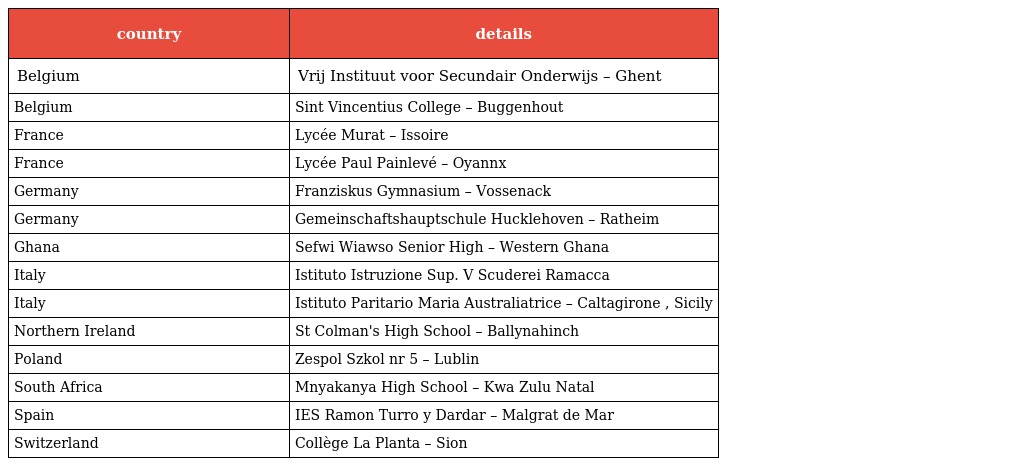
| country | details |
 | --- | --- |
 | Belgium | Vrij Instituut voor Secundair Onderwijs – Ghent |
 | Belgium | Sint Vincentius College – Buggenhout |
 | France | Lycée Murat – Issoire |
 | France | Lycée Paul Painlevé – Oyannx |
 | Germany | Franziskus Gymnasium – Vossenack |
 | Germany | Gemeinschaftshauptschule Hucklehoven – Ratheim |
 | Ghana | Sefwi Wiawso Senior High – Western Ghana |
 | Italy | Istituto Istruzione Sup. V Scuderei Ramacca |
 | Italy | Istituto Paritario Maria Australiatrice – Caltagirone , Sicily |
 | Northern Ireland | St Colman's High School – Ballynahinch |
 | Poland | Zespol Szkol nr 5 – Lublin |
 | South Africa | Mnyakanya High School – Kwa Zulu Natal |
 | Spain | IES Ramon Turro y Dardar – Malgrat de Mar |
 | Switzerland | Collège La Planta – Sion |